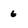
Character: 6